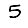
Digit: 5